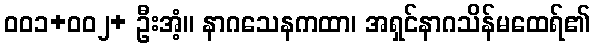
၀၀၁+၀၀၂+ ဦးအံ့။ နာဂသေနကထာ၊ အရှင်နာဂသိန်မထေရ်၏